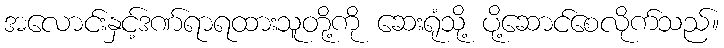
အလောင်းနှင့်ဒဏ်ရာရထားသူတို့ကို ဆေးရုံသို့ ပို့ဆောင်စေလိုက်သည်။